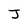
Character: J